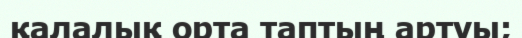
қалалық орта таптың артуы;